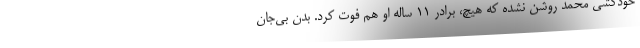
خودکشی محمد روشن نشده که هیچ، برادر ۱۱ ساله او هم فوت کرد. بدن بی‌جان